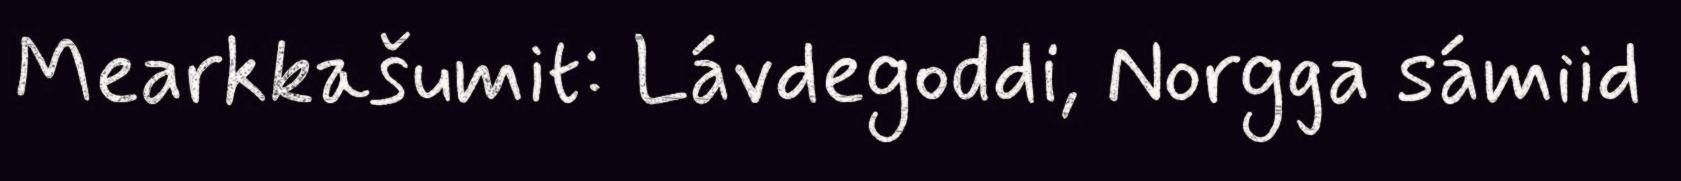
Mearkkašumit: Lávdegoddi, Norgga sámiid